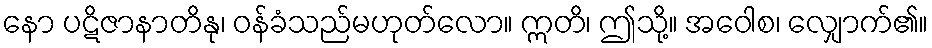
နော ပဋိဇာနာတိနု၊ ဝန်ခံသည်မဟုတ်လော။ ဣတိ၊ ဤသို့။ အဝေါစ၊ လျှောက်၏။